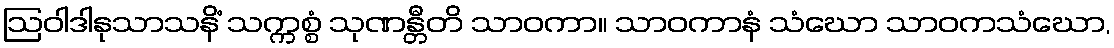
ဩဝါဒါနုသာသနိံ သက္ကစ္စံ သုဏန္တီတိ သာဝကာ။ သာဝကာနံ သံဃော သာဝကသံဃော,